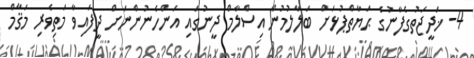
4- ޚަދީޖަތުގެފާނުގެ ޙަޔާތްޕުޅަށް ބަލާލުމުން އިސްލާމް ދީނުގައި އަންހެނުންނަށް ދީފައިވާ މަތިވެރި މަޤާމް